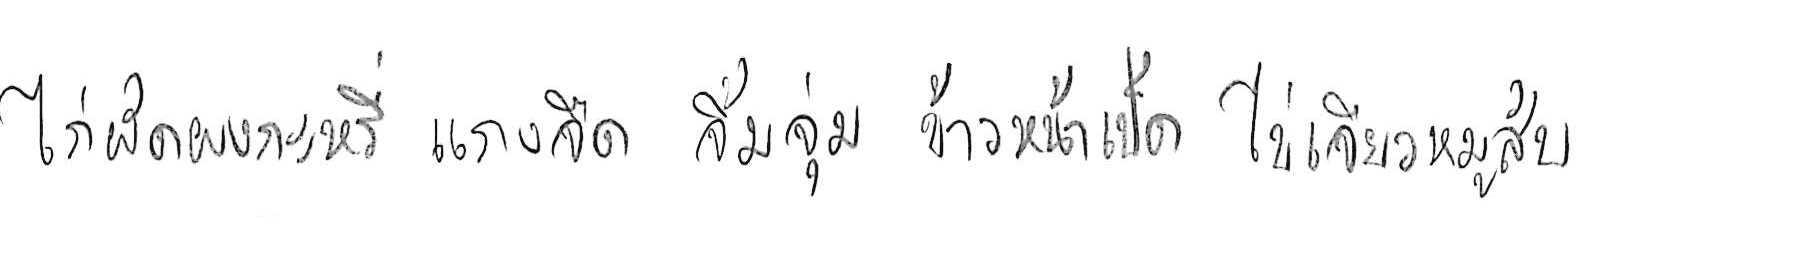
ไก่ผัดผงกะหรี่ แกงจืด จิ้มจุ่ม ข้าวหน้าเป็ด ไข่เจียวหมูสับ